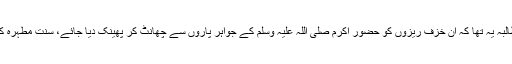
حدیث رسول صلی اللہ علیہ وسلم کی عظمت اور تقدس کا مطالبہ یہ تھا کہ ان خزف ریزوں کو حضور اکرم صلی اللہ علیہ وسلم کے جواہر پاروں سے چھانٹ کر پھینک دیا جائے، سنتِ مطہرہ کو محفوظ کیاجائے اور دینِ اسلام کو نقصان سے بچایا جائے۔